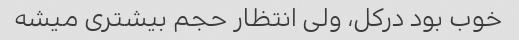
خوب بود درکل، ولی انتظار حجم بیشتری میشه